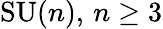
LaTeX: \operatorname{SU}(n),\, n\geq 3